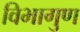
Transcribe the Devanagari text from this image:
विभागुण